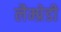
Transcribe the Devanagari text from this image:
लैम्प्रेडी